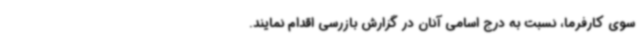
سوی کارفرما، نسبت به درج اسامی آنان در گزارش بازرسی اقدام نمایند.